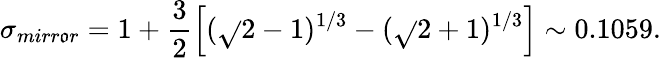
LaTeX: \sigma_{mirr\mathfrak{o}r}=1+\frac{{3}}{{2}}\left[(\sqrt{}{{2}}-1)^{1/3}-(\sqrt{}{{2}}+1)^{1/3}\right]\sim0.1059.